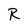
Character: R